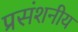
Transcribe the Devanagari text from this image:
प्रसंशनीय